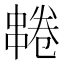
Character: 𫡌